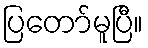
ပြတော်မူပြီ။